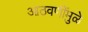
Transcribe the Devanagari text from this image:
आठवणींमुळे